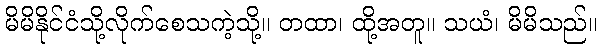
မိမိနိုင်ငံသို့လိုက်စေသကဲ့သို့။ တထာ၊ ထို့အတူ။ သယံ၊ မိမိသည်။